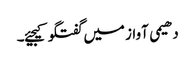
دھیمی آواز میں گفتگو کیجیئے۔